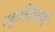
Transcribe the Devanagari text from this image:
स्मृतिशास्त्रज्ञों